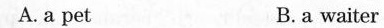
A.a pet B. a waiter